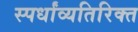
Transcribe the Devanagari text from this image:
स्पर्धांव्यतिरिक्त